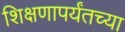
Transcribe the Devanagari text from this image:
शिक्षणापर्यंतच्या